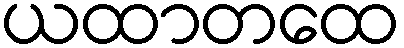
ယထာတထေ